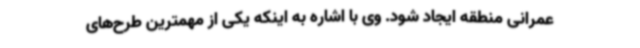
عمرانی منطقه ایجاد شود. وی با اشاره به اینکه یکی از مهمترین طرح‌های